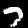
Digit: 7